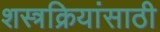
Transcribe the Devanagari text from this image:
शस्त्रक्रियांसाठी